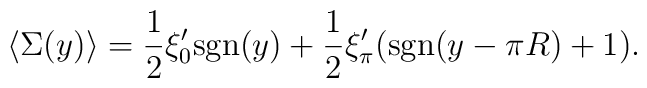
\langle \Sigma(y) \rangle = {1 \over 2 }\xi'_0 {\rm sgn}(y) +{1 \over 2} \xi'_\pi ({\rm sgn}(y-\pi R) +1) .